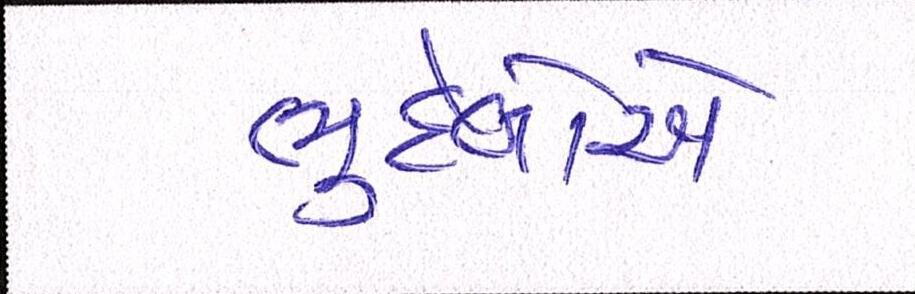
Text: ભુદેવોએ